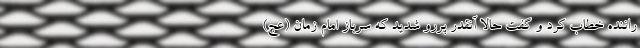
راننده خطاب کرد و گفت حالا آنقدر پررو شدید که سرباز امام زمان (عج)